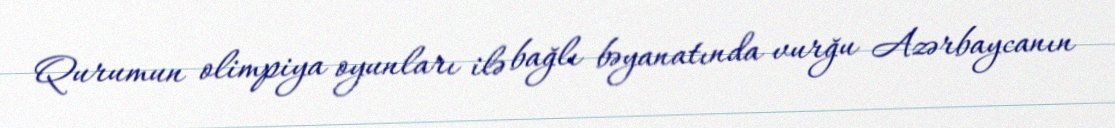
Qurumun olimpiya oyunları ilə bağlı bəyanatında vurğu Azərbaycanın